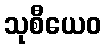
သုစီယေဝ